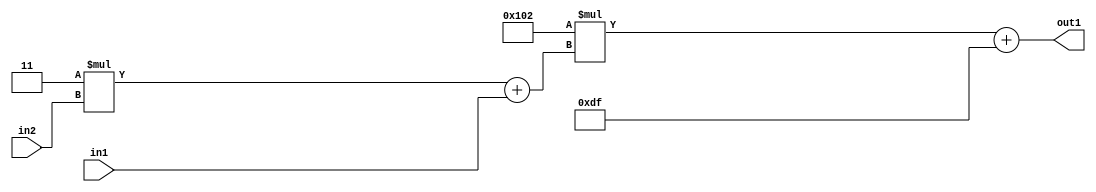
`timescale 1ps / 1ps
/*****************************************************************************
    Verilog RTL Description
    
    
    Created by: Stratus DpOpt 2019.1.01 
*******************************************************************************/

module DC_Filter_Add2i223Mul2i258Add2u1Mul2i3u2_1 (
	in2,
	in1,
	out1
	); /* architecture "behavioural" */ 
input [1:0] in2;
input  in1;
output [11:0] out1;
wire [11:0] asc001;
wire [3:0] asc002;

wire [3:0] asc002_tmp_0;
assign asc002_tmp_0 = 
	+(4'B0011 * in2);
assign asc002 = asc002_tmp_0
	+(in1);

wire [11:0] asc001_tmp_1;
assign asc001_tmp_1 = 
	+(12'B000100000010 * asc002);
assign asc001 = asc001_tmp_1
	+(12'B000011011111);

assign out1 = asc001;
endmodule

/* CADENCE  v7X0QwE= : u9/ySgnWtBlWxVPRXgAZ4Og= ** DO NOT EDIT THIS LINE ******/